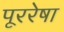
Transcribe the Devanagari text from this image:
पूररेषा